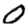
Digit: 0